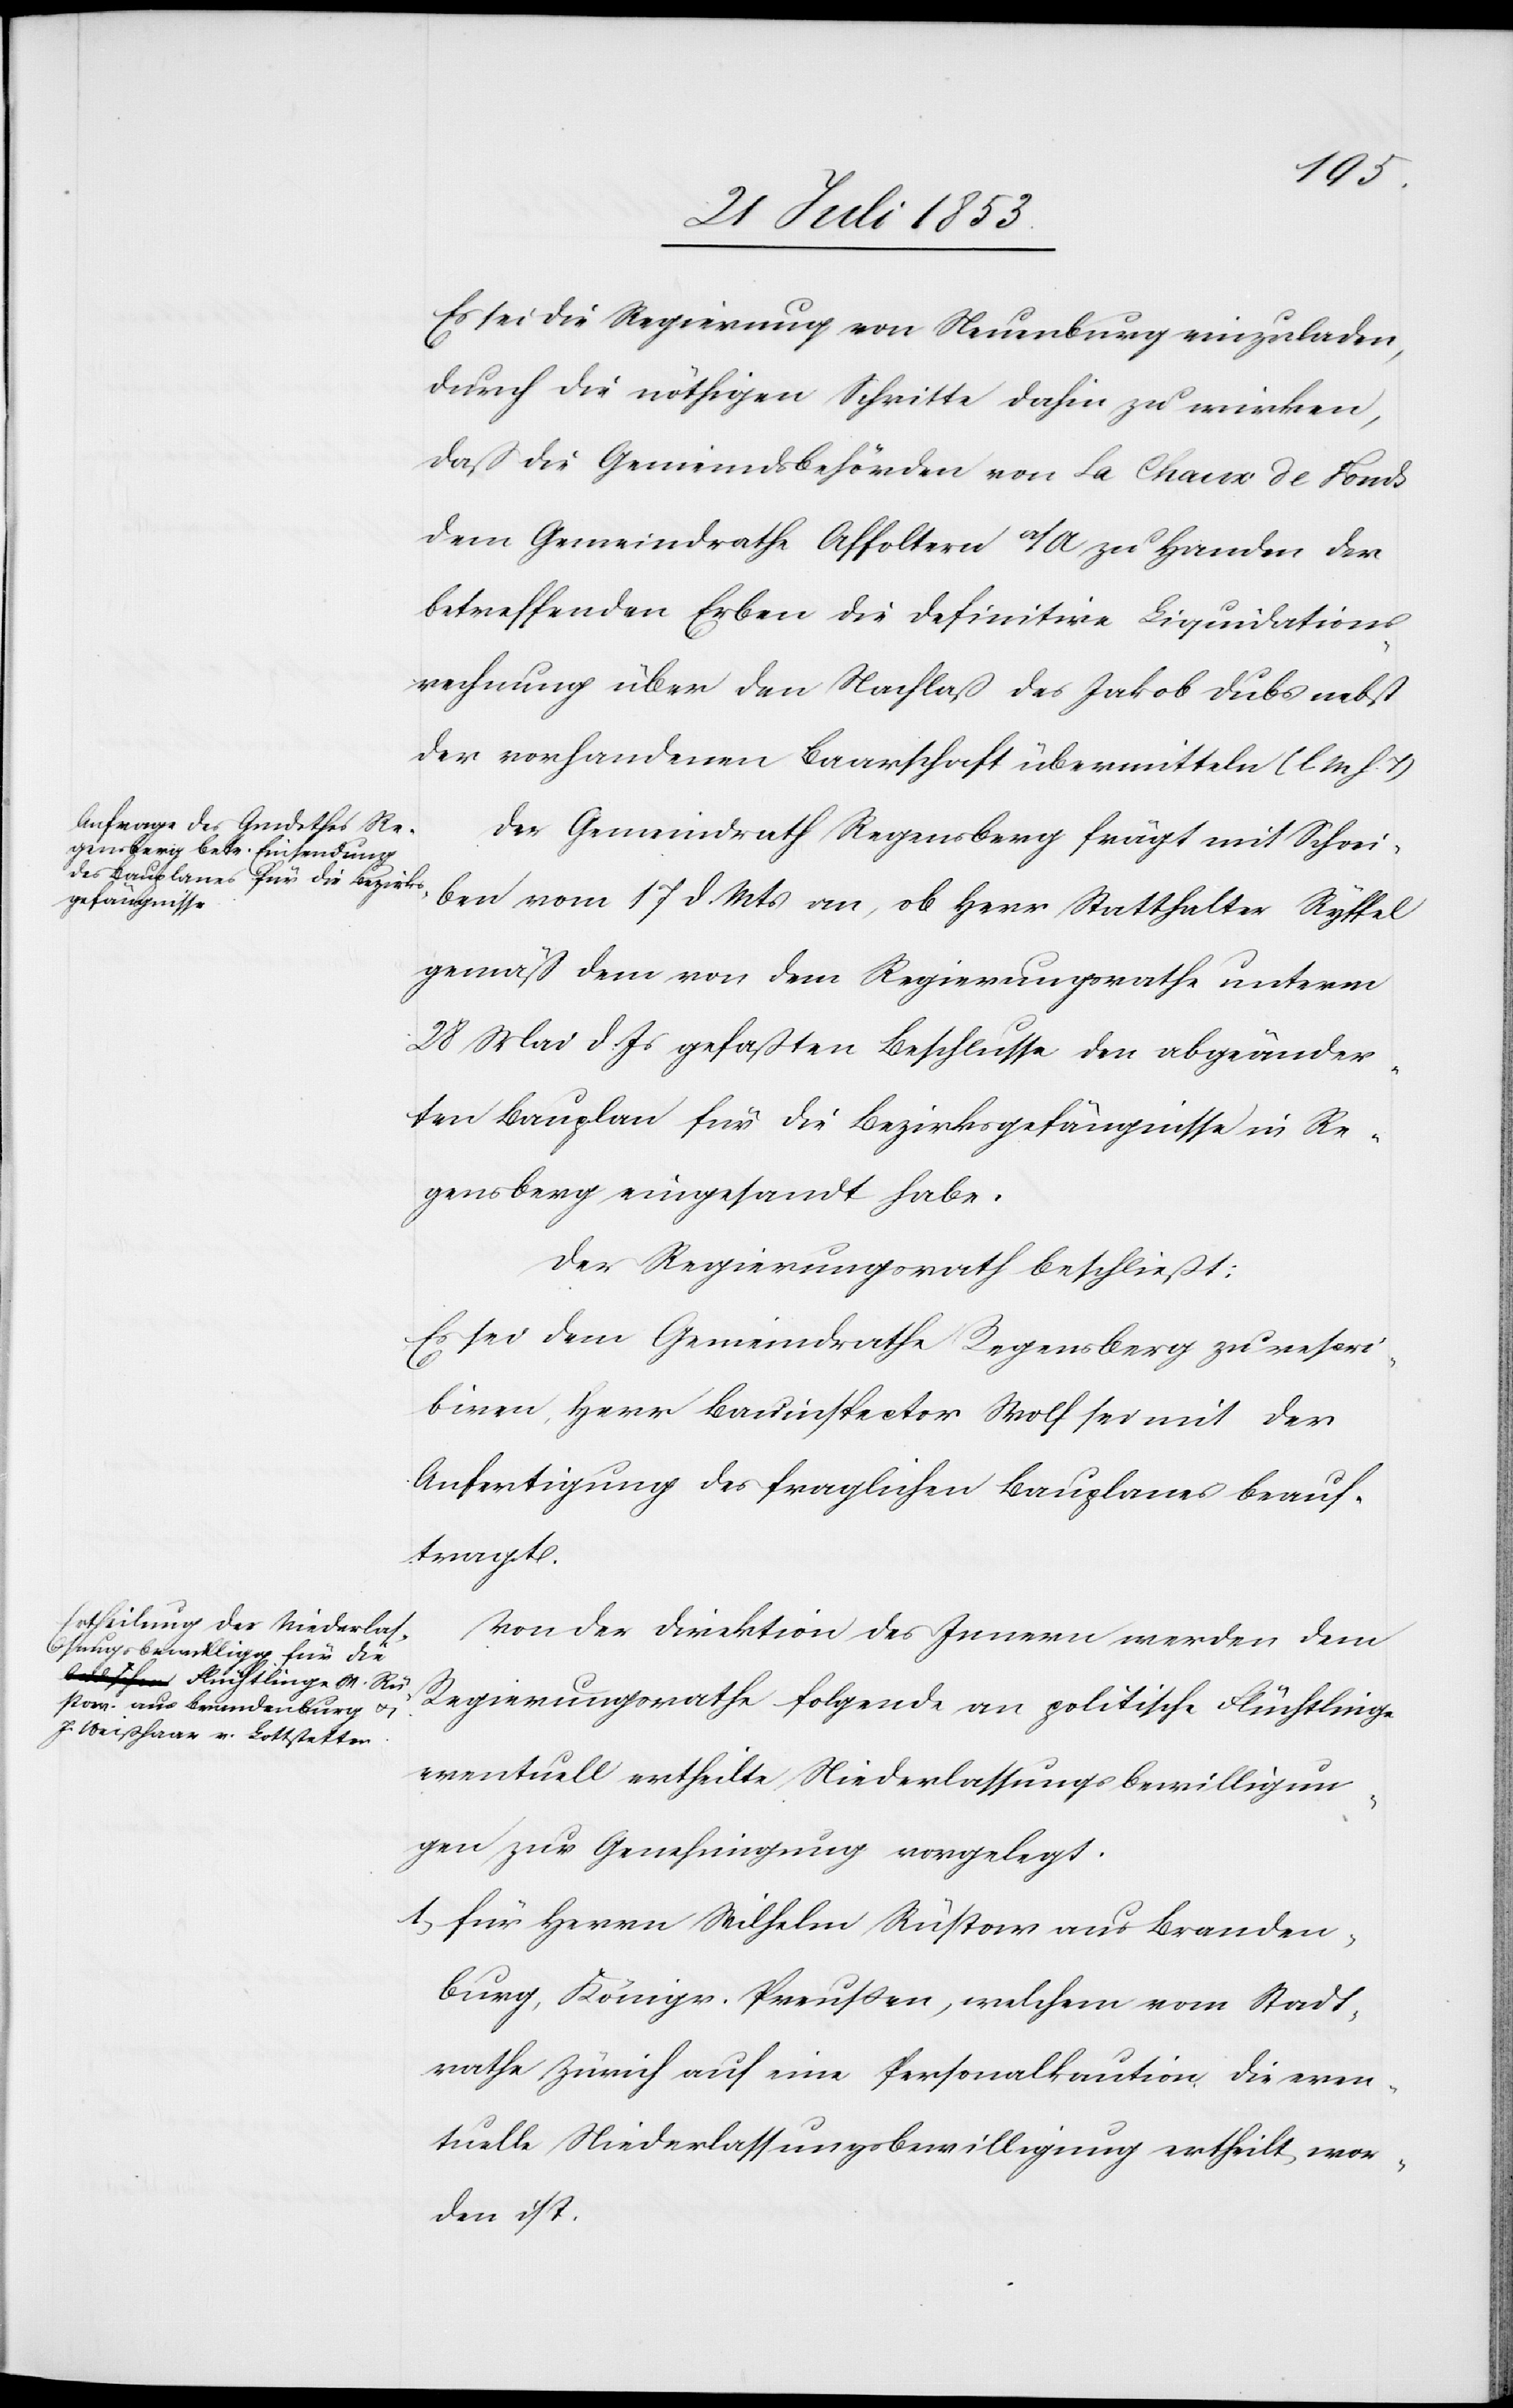
Es sei die Regierung von Neuenburg einzuladen,
durch die nöthigen Schritte dahin zu wirken,
daß die Gemeindsbehörden von La Chaux de Fonds
dem Gemeindrath Affoltern a/A zu Handen der
betreffenden Erben die definitive Liquidations¬
rechnung über den Nachlaß des Jakob Dubs nebst
der vorhandenen Baarschaft übermitteln. [l. M. h. T]
Der Gemeindrath Regensberg frägt mit Schrei¬
ben vom 17 d. Mts. an, ob Herr Statthalter Ryffel
gemäß dem von dem Regierungsrathe unterm
28 Mai d. Js. gefaßten Beschlusse den abgeänder¬
ten Bauplan für die Bezirksgefängnisse in Re¬
gensberg eingesandt habe.
Der Regierungsrath beschließt:
Es sei dem Gemeindrathe Regensberg zu rescri¬
biren, Herr Bauinspektor Wolf sei mit der
Anfertigung des fraglichen Bauplanes beauf¬
tragt.
Von der Direktion des Innern werden dem
Regierungsrathe folgende an politische Flüchtlinge
eventuell ertheilte Niederlaßungsbewilligun¬
gen zur Genehmigung vorgelegt.
1, für Herrn Wilhem Rüstow aus Branden¬
burg, Königr. Preußen, welchem vom Stadt¬
rathe Zürich auf eine Personalkaution die even¬
tuelle Niederlaßungsbewilligung ertheilt wor¬
den ist.